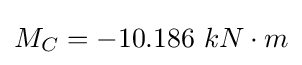
M_{C}=-10.186\ kN\cdot m